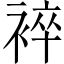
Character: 䘹